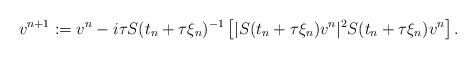
LaTeX: \begin{align*}\begin{aligned} v^{n + 1} &:= v^n - i \tau S(t_n+\tau\xi_n)^{-1} \left[| S(t_n+\tau\xi_n)v^n |^2 S(t_n+\tau\xi_n)v^n\right]. \end{aligned} \end{align*}